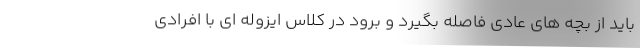
باید از بچه های عادی فاصله بگیرد و برود در کلاس ایزوله ای با افرادی